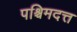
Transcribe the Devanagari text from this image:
पश्चिमदत्त